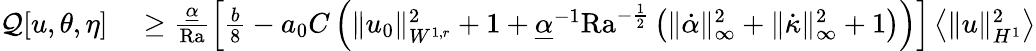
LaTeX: \begin{array}{rl}{\mathcal{Q}[u,\theta,\eta]}&{{}\geq\frac{\underline{{\alpha}}}{\mathrm{{Ra}}}\left[\frac{b}{8}-a_{0}C\left(\| u_{0}\| _{W^{1,r}}^{2}+1+\underline{{\alpha}}^{-1}\mathrm{{Ra}}^{-\frac{1}{2}}\left(\| \dot{\alpha}\| _{\infty}^{2}+\| \dot{\kappa}\| _{\infty}^{2}+1\right)\right)\right]\left\langle\| u\| _{H^{1}}^{2}\right\rangle}\end{array}